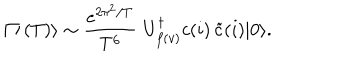
LaTeX: | \mathcal { T } ( T ) \rangle \sim \frac { e ^ { 2 \pi ^ { 2 } / T } } { T ^ { 6 } } \, \, U _ { f ( v ) } ^ { \dagger } c ( i ) \, \tilde { c } ( i ) | 0 \rangle .